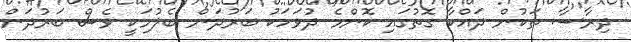
ދިރާސާ ތަކުން ދައްކާ ގޮތުގައި ކޮންމެ ދުވަހަކު ބަރުދަން ބެލުމަކީ ވެސް ބަރުދަން